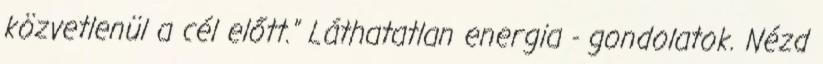
közvetlenül a cél előtt." Láthatatlan energia - gondolatok. Nézd